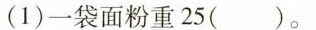
(1)一袋面粉重25( )。